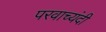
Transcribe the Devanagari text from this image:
परवाच्यंदी